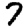
Digit: 7